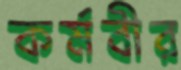
কর্মবীর